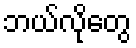
ဘယ်လိုတွေ